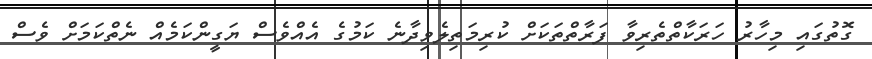
ގޮތުގައި މިހާރު ހަރަކާތްތެރިވާ ފަރާތްތަކަށް ކުރިމަތިލެވިދާނެ ކަމުގެ އެއްވެސް ޔަގީންކަމެއް ނެތްކަމަށް ވެސް